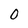
Character: o